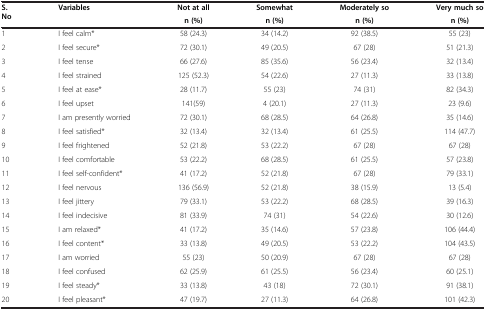
<table><thead><tr><td><b>S.No</b></td><td><b>Variables</b></td><td><b>Not at all</b></td><td><b>Somewhat</b></td><td><b>Moderately so</b></td><td><b>Very much so</b></td></tr><tr><td><b> </b></td><td><b> </b></td><td><b>n (%)</b></td><td><b>n (%)</b></td><td><b>n (%)</b></td><td><b>n (%)</b></td></tr></thead><tbody><tr><td>1</td><td>I feel calm*</td><td>58 (24.3)</td><td>34 (14.2)</td><td>92 (38.5)</td><td>55 (23)</td></tr><tr><td>2</td><td>I feel secure*</td><td>72 (30.1)</td><td>49 (20.5)</td><td>67 (28)</td><td>51 (21.3)</td></tr><tr><td>3</td><td>I feel tense</td><td>66 (27.6)</td><td>85 (35.6)</td><td>56 (23.4)</td><td>32 (13.4)</td></tr><tr><td>4</td><td>I feel strained</td><td>125 (52.3)</td><td>54 (22.6)</td><td>27 (11.3)</td><td>33 (13.8)</td></tr><tr><td>5</td><td>I feel at ease*</td><td>28 (11.7)</td><td>55 (23)</td><td>74 (31)</td><td>82 (34.3)</td></tr><tr><td>6</td><td>I feel upset</td><td>141(59)</td><td>4 (20.1)</td><td>27 (11.3)</td><td>23 (9.6)</td></tr><tr><td>7</td><td>I am presently worried</td><td>72 (30.1)</td><td>68 (28.5)</td><td>64 (26.8)</td><td>35 (14.6)</td></tr><tr><td>8</td><td>I feel satisfied*</td><td>32 (13.4)</td><td>32 (13.4)</td><td>61 (25.5)</td><td>114 (47.7)</td></tr><tr><td>9</td><td>I feel frightened</td><td>52 (21.8)</td><td>53 (22.2)</td><td>67 (28)</td><td>67 (28)</td></tr><tr><td>10</td><td>I feel comfortable</td><td>53 (22.2)</td><td>68 (28.5)</td><td>61 (25.5)</td><td>57 (23.8)</td></tr><tr><td>11</td><td>I feel self-confident*</td><td>41 (17.2)</td><td>52 (21.8)</td><td>67 (28)</td><td>79 (33.1)</td></tr><tr><td>12</td><td>I feel nervous</td><td>136 (56.9)</td><td>52 (21.8)</td><td>38 (15.9)</td><td>13 (5.4)</td></tr><tr><td>13</td><td>I feel jittery</td><td>79 (33.1)</td><td>53 (22.2)</td><td>68 (28.5)</td><td>39 (16.3)</td></tr><tr><td>14</td><td>I feel indecisive</td><td>81 (33.9)</td><td>74 (31)</td><td>54 (22.6)</td><td>30 (12.6)</td></tr><tr><td>15</td><td>I am relaxed*</td><td>41 (17.2)</td><td>35 (14.6)</td><td>57 (23.8)</td><td>106 (44.4)</td></tr><tr><td>16</td><td>I feel content*</td><td>33 (13.8)</td><td>49 (20.5)</td><td>53 (22.2)</td><td>104 (43.5)</td></tr><tr><td>17</td><td>I am worried</td><td>55 (23)</td><td>50 (20.9)</td><td>67 (28)</td><td>67 (28)</td></tr><tr><td>18</td><td>I feel confused</td><td>62 (25.9)</td><td>61 (25.5)</td><td>56 (23.4)</td><td>60 (25.1)</td></tr><tr><td>19</td><td>I feel steady*</td><td>33 (13.8)</td><td>43 (18)</td><td>72 (30.1)</td><td>91 (38.1)</td></tr><tr><td>20</td><td>I feel pleasant*</td><td>47 (19.7)</td><td>27 (11.3)</td><td>64 (26.8)</td><td>101 (42.3)</td></tr></tbody></table>